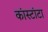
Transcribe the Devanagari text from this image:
कांस्टांटा